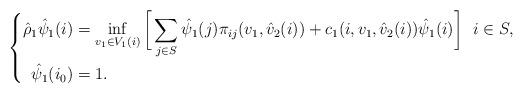
LaTeX: \begin{align*} \left\{\begin{aligned}\hat{\rho}_{1}\hat{\psi}_{1}(i)&=\inf_{v_1\in V_1(i)}\bigg[\sum_{j\in S}\hat{\psi}_{1}(j){\pi}_{ij}(v_1,\hat{v}_2(i))+c_1(i,v_1,\hat{v}_2(i))\hat{\psi}_{1}(i)\bigg]~~i\in S,\\\hat{\psi}_{1}(i_0) &= 1. \end{aligned} \right.\end{align*}